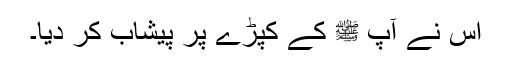
اس نے آپ ﷺ کے کپڑے پر پیشاب کر دیا۔